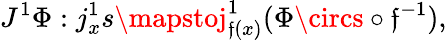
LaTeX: J^{1}\Phi:j_{x}^{1}s\mapstoj_{\mathfrak{f}(x)}^{1}(\Phi\circs\circ\mathfrak{f}^{-1}),